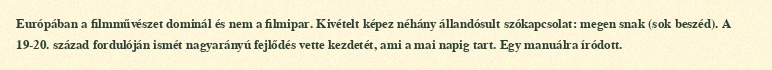
Európában a filmművészet dominál és nem a filmipar. Kivételt képez néhány állandósult szókapcsolat: megen snak (sok beszéd). A 19-20. század fordulóján ismét nagyarányú fejlődés vette kezdetét, ami a mai napig tart. Egy manuálra íródott.